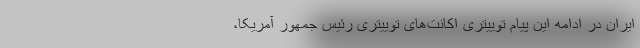
ایران در ادامه این پیام توییتری اکانت‌های توییتری رئیس جمهور آمریکا،